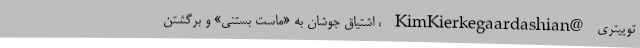
توییتری @KimKierkegaardashian ، اشتیاق جوشان به «ماست بستنی» و برگشتن